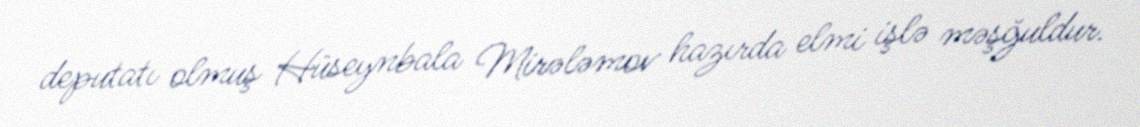
deputatı olmuş Hüseynbala Mirələmov hazırda elmi işlə məşğuldur.